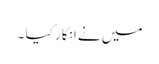
میں نے انکار کیا ۔